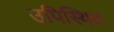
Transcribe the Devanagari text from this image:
उपिस्‍थित